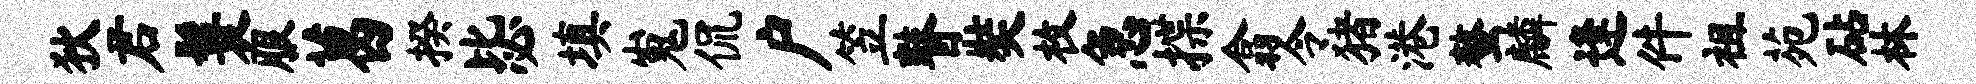
狄君鬟服葛揆毖填嵬侃户笠瞽奘枚急揲翕令猪港螯麟逢件祖苑砧林